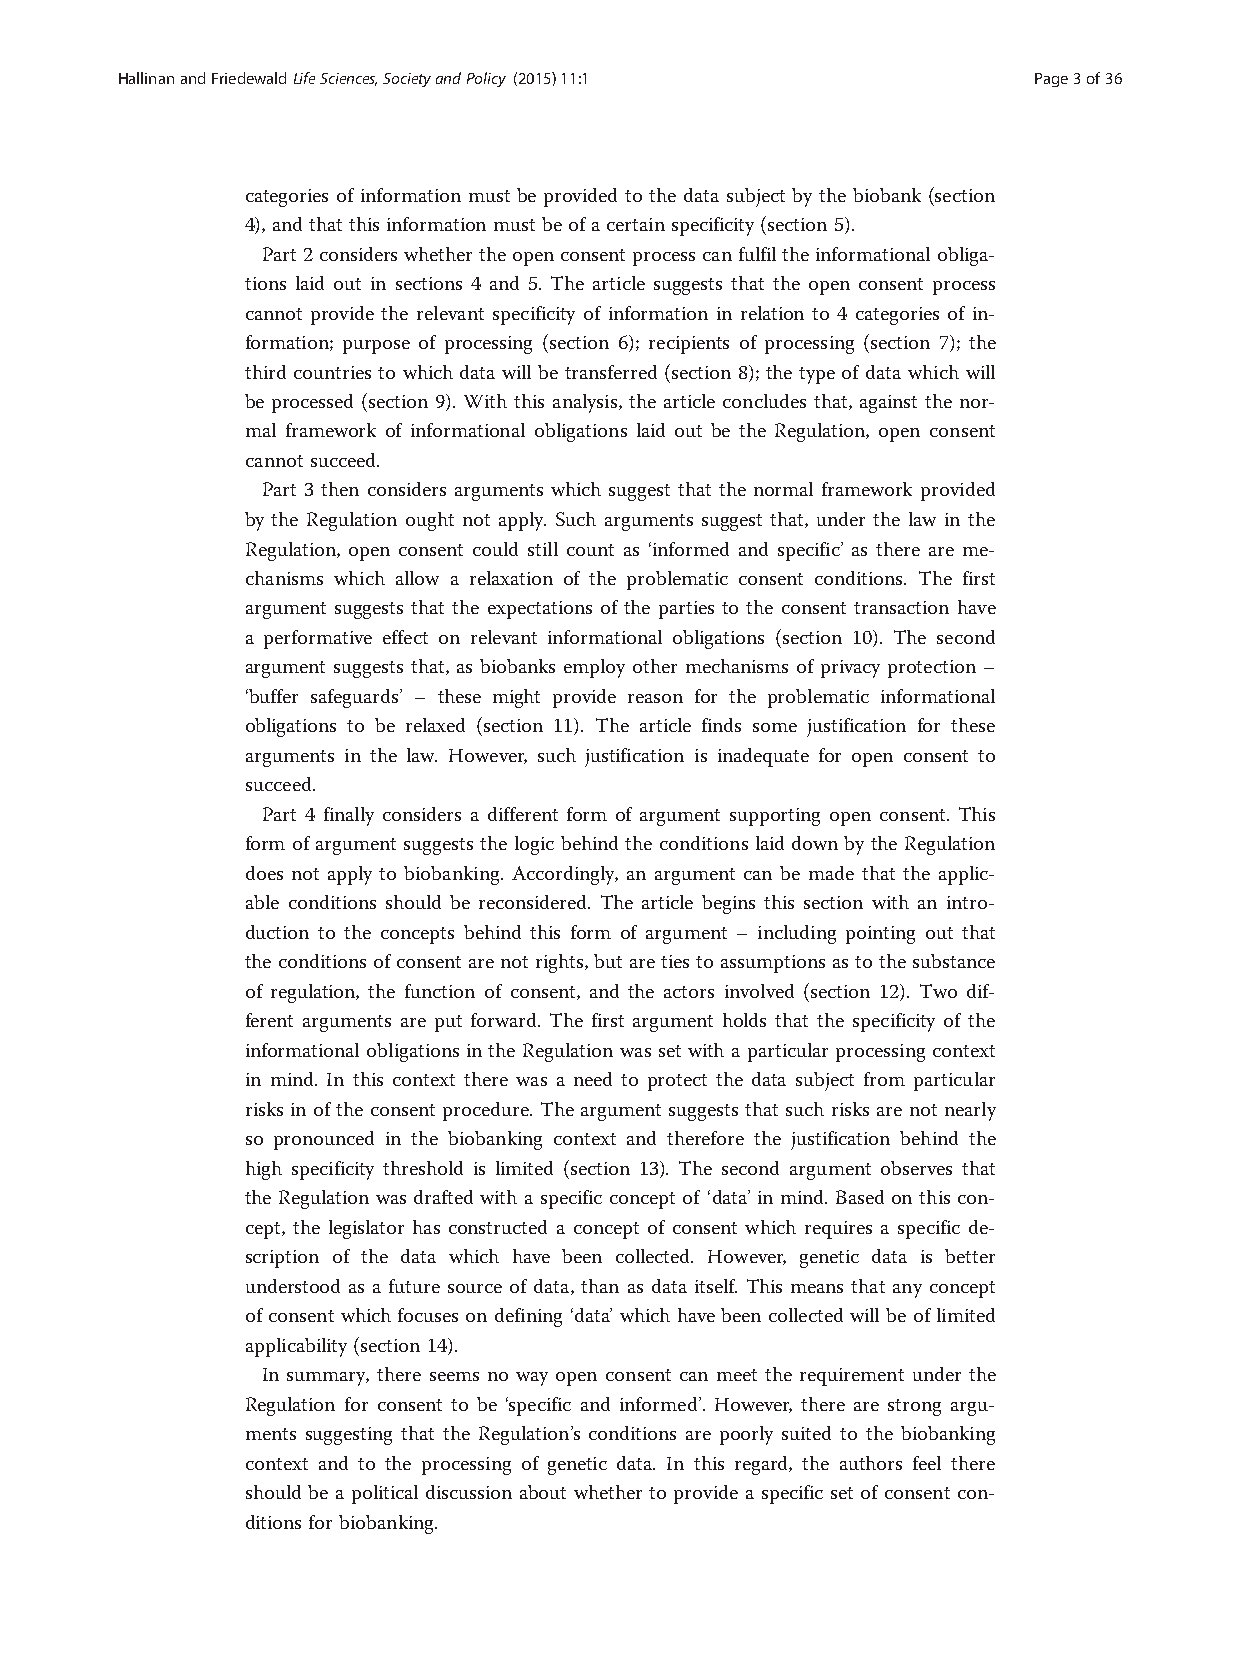
HallinanandFriedewaldLifeSciences,SocietyandPolicy (2015) 11:1 Page3of36
 categories of information must be provided to the data subject by the biobank (section
 4),andthatthis information mustbeofacertainspecificity (section 5).
 Part2considerswhethertheopenconsentprocesscanfulfiltheinformationalobliga-
 tions laid out in sections 4 and 5. The article suggests that the open consent process
 cannot provide the relevant specificity of information in relation to 4 categories of in-
 formation; purpose of processing (section 6); recipients of processing (section 7); the
 third countries to which data will be transferred (section 8); the type of data which will
 be processed (section 9). With this analysis, the article concludes that, against the nor-
 mal framework of informational obligations laid out be the Regulation, open consent
 cannot succeed.
 Part 3 then considers arguments which suggest that the normal framework provided
 by the Regulation ought not apply. Such arguments suggest that, under the law in the
 Regulation, open consent could still count as ‘informed and specific’ as there are me-
 chanisms which allow a relaxation of the problematic consent conditions. The first
 argument suggests that the expectations of the parties to the consent transaction have
 a performative effect on relevant informational obligations (section 10). The second
 argument suggests that, as biobanks employ other mechanisms of privacy protection –
 ‘buffer safeguards’ – these might provide reason for the problematic informational
 obligations to be relaxed (section 11). The article finds some justification for these
 arguments in the law. However, such justification is inadequate for open consent to
 succeed.
 Part 4 finally considers a different form of argument supporting open consent. This
 form of argument suggests the logic behind the conditions laid down by the Regulation
 does not apply to biobanking. Accordingly, an argument can be made that the applic-
 able conditions should be reconsidered. The article begins this section with an intro-
 duction to the concepts behind this form of argument – including pointing out that
 the conditions ofconsent arenot rights,but aretiestoassumptionsasto thesubstance
 of regulation, the function of consent, and the actors involved (section 12). Two dif-
 ferent arguments are put forward. The first argument holds that the specificity of the
 informational obligations in the Regulation was set with a particular processing context
 in mind. In this context there was a need to protect the data subject from particular
 risks in of the consent procedure. The argument suggests that such risks are not nearly
 so pronounced in the biobanking context and therefore the justification behind the
 high specificity threshold is limited (section 13). The second argument observes that
 the Regulation was drafted with a specific concept of ‘data’ in mind. Based on this con-
 cept, the legislator has constructed a concept of consent which requires a specific de-
 scription of the data which have been collected. However, genetic data is better
 understood as a future source of data, than as data itself. This means that any concept
 of consent which focuses on defining ‘data’ which havebeen collected will be of limited
 applicability (section14).
 In summary, there seems no way open consent can meet the requirement under the
 Regulation for consent to be ‘specific and informed’. However, there are strong argu-
 ments suggesting that the Regulation’s conditions are poorly suited to the biobanking
 context and to the processing of genetic data. In this regard, the authors feel there
 should be a political discussion about whether to provide a specific set of consent con-
 ditionsfor biobanking.